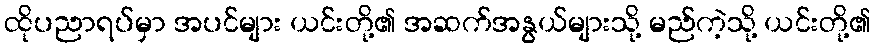
ထိုပညာရပ်မှာ အပင်များ ယင်းတို့၏ အဆက်အနွယ်များသို့ မည်ကဲ့သို့ ယင်းတို့၏